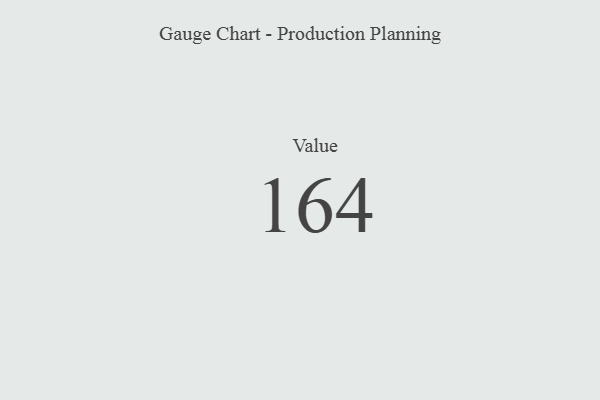
{"axis": {"x": "Metric", "y": "Value"}, "legend": [""], "data": [{"x": "Value", "y": 164, "type": ""}]}